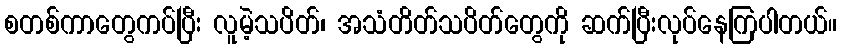
စတစ်ကာတွေကပ်ပြီး လူမဲ့သပိတ်၊ အသံတိတ်သပိတ်တွေကို ဆက်ပြီးလုပ်နေကြပါတယ်။